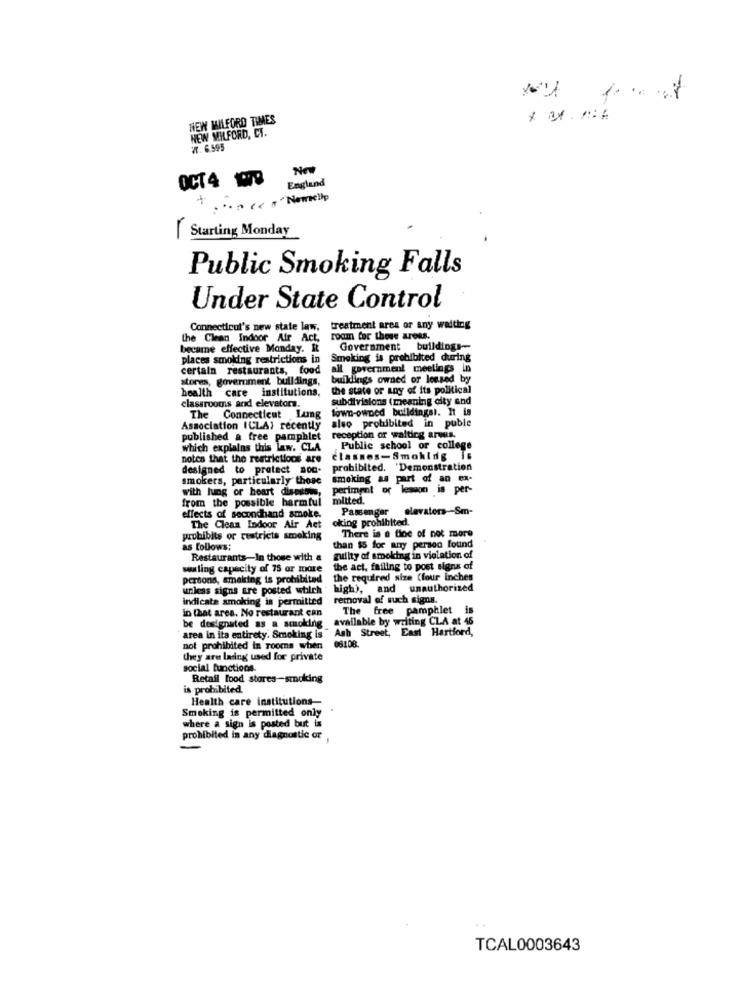
NEW MILFORD TIMES
NEW MILFORD, CT.
R. 6.595
Now
OCT 4 1978
England
.... Ee ."Nemelip
|Starting Monday
Public Smoking Falls
Under State Control
Connecticut's new state law, treatment ares or any waiting
the Clean Indoor Air Act,
room for those areas.
became effective Monday. It
Government buildings-
places smoking restrictions in
Smoking is prohibited during
certain restaurants, food
all government meetings in
stores, government buildings,
buiklings owned or lessed by
health care institutions,
the state of any of its political
classrooms and elevator.
subdivisions ( meaning city and
town-owned buildingsl. It is
The Connecticut Lumg
Association ICLAI recently
also probubited in puble
published a free pamphlet
reception or waiting arves.
which explains this law. CLA
Public school or college
notes that the restrictions are
classes-Smoking Ts
designed to protect aod.
prohibited. 'Demonstration
smokers, particularly those
smoking as part of an ex-
with lung or heart disesbis,
periment or lesson is per-
from the possible harmful
mitted.
Passenger
elevators-Sm-
effects of secondhand smoke.
oking prohibited.
The Clean Indoor Air Act
There is a fine of not more
prohibits or restricts smoking
as follows:
than $5 for any person found
Restaurants-In those with a
guilty of smoking in violation of
wuling capacity of 75 or more
the act, failing to post signs of
persons, amaking is prohibited
the required size (four inches
unless signs are posted wtilch
high), and
unauthorized
indicate smoking is permitted
removal of such signs.
in that area. No restaurant can
The free pamphlet
available by writing CLA at 46
be designated as a scuoking_
Ash Street, East Hartford,
area in its entirety. Smoking is
not prohibited in rooms when
08108.
they are lading used for private
social functions.
Retail food stores -- smoking
is prohibited.
Health care institutions-
Smoking is permitted only
where a sign is posted but is
prohibited in any diagnostic or
TCAL0003643